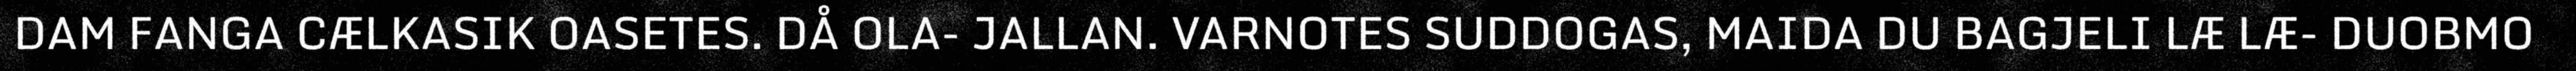
DAM FANGA CÆLKASIK OASETES. DÅ OLA- JALLAN. VARNOTES SUDDOGAS, MAIDA DU BAGJELI LÆ LÆ- DUOBMO